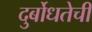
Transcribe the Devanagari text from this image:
दुर्बोधतेची